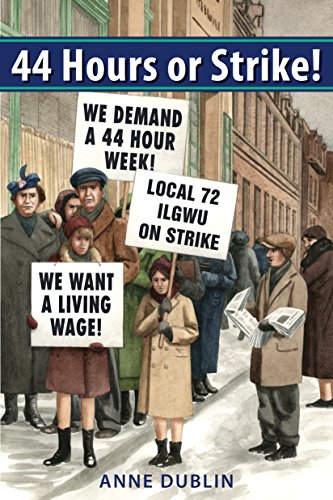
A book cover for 44 Hours or Strike!; Anne Dublin; Children's Books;